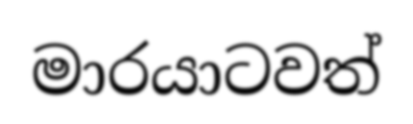
මාරයාටවත්